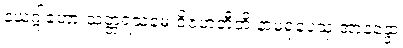
နယဂ္ဂါဟော သတ္တရသမေ ဝိဇဟတီတိ နာမရူပေသု အာနန္ဒော